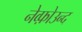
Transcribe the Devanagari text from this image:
नेव्फ़ोउन्द